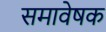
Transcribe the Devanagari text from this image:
समावेषक